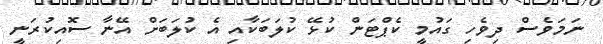
ނަމަވެސް ދިވެހި ގައުމީ ކެޕްޓަން ކުޅޭ ކުލަބަކާއި އެ ކުލަބަށް އޭނާ ސޮއިކުރަނީ